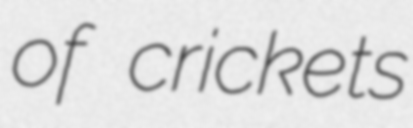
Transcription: of crickets